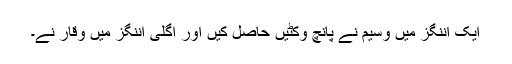
ایک اننگز میں وسیم نے پانچ وکٹیں حاصل کیں اور اگلی اننگز میں وقار نے۔